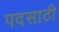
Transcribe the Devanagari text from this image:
पदसाठी